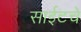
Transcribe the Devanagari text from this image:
साईटचे